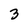
Character: 3